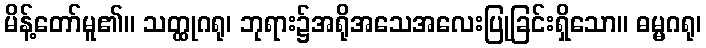
မိန့်တော်မူ၏။ သတ္ထုဂရု၊ ဘုရား၌အရိုအသေအလေးပြုခြင်းရှိသော။ ဓမ္မဂရု၊